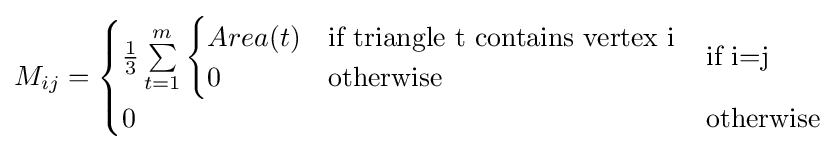
M_{ij}={\begin{cases}{\frac {1}{3}}\sum \limits _{t=1}^{m}{\begin{cases}Area(t)&{\text{if triangle t contains vertex i}}\\0&{\text{otherwise}}\end{cases}}&{\text{if i=j}}\\0&{\text{otherwise}}\end{cases}}